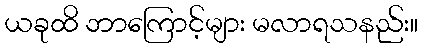
ယခုထိ ဘာကြောင့်များ မလာရသနည်း။